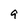
Character: 9